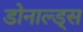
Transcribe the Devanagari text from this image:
डोनाल्ड्स